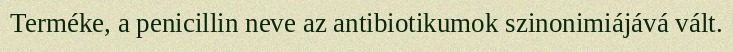
Terméke, a penicillin neve az antibiotikumok szinonimiájává vált.